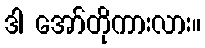
ဒါ အော်တိုကားလား။